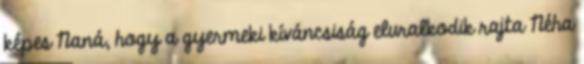
képes Naná, hogy a gyermeki kíváncsiság eluralkodik rajta Néha